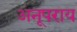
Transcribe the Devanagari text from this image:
अनूपराय